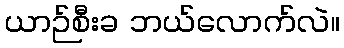
ယာဉ်စီးခ ဘယ်လောက်လဲ။